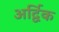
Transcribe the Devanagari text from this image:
अर्द्विक